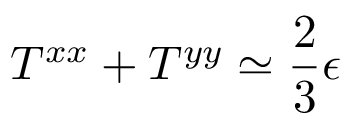
T ^ { x x } + T ^ { y y } \simeq \frac { 2 } { 3 } \epsilon